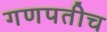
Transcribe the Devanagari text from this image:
गणपतीच